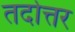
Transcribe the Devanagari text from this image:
तदोत्तर